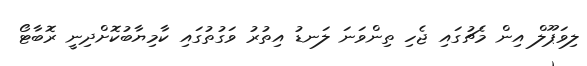
ލިވަޕޫލް އިން މެޗުގައި ޖެހި ތިންވަނަ ލަނޑު އިތުރު ވަގުތުގައި ކާމިޔާބުކޮށްދިނީ ރޮބާޓޯ